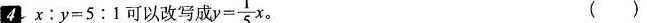
4.x：y=5:1可以改写成y $$y= \frac{1}{5}x。$$ ()